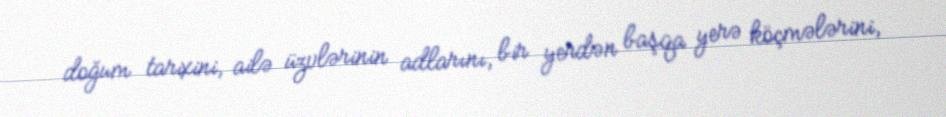
doğum tarixini, ailə üzvlərinin adlarını, bir yerdən başqa yerə köçmələrini,